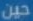
حين